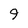
Character: 9